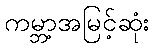
ကမ္ဘာ့အမြင့်ဆုံး